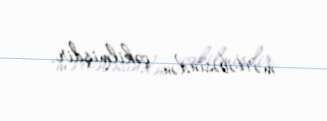
mərtəbəsindən çəkilmişdir.